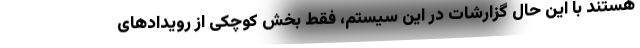
هستند با این حال گزارشات در این سیستم، فقط بخش کوچکی از رویدادهای